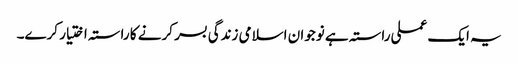
یہ ایک عملی راستہ ہے نوجوان اسلامی زندگی بسر کرنے کا راستہ اختیار کرے۔